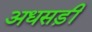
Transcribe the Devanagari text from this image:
अधसड़ी